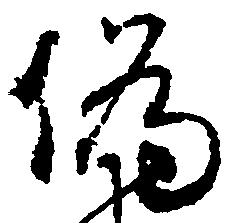
偽